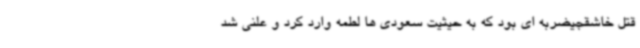
قتل خاشقجیضربه ای بود که به حیثیت سعودی ها لطمه وارد کرد و علنی شد